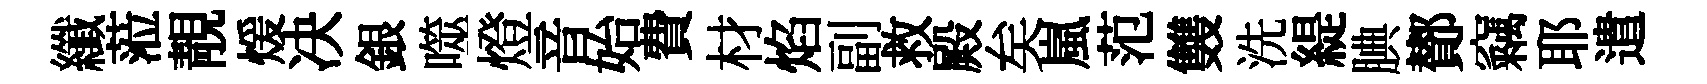
纖蒞靚煖决銀噬燈音始費材焰副救殿矣嵐范䨇洗緹腆鄼竊耶遣